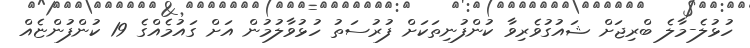
ހުޅުލެ-މާލެ ބްރިޖަށް ޝައުގުވެރިވާ ކުންފުނިތަކަށް ފުރުސަތު ހުޅުވާލުމުން އަށް ގައުމެއްގެ 19 ކުންފުންޏެއް